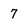
Character: 7